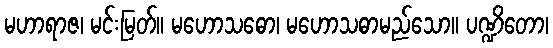
မဟာရာဇ၊ မင်းမြတ်။ မဟောသဓော၊ မဟောသဓာမည်သော။ ပဏ္ဍိတော၊